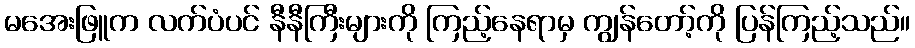
မအေးဖြူက လက်ပံပင် နီနီကြီးများကို ကြည့်နေရာမှ ကျွန်တော့်ကို ပြန်ကြည့်သည်။